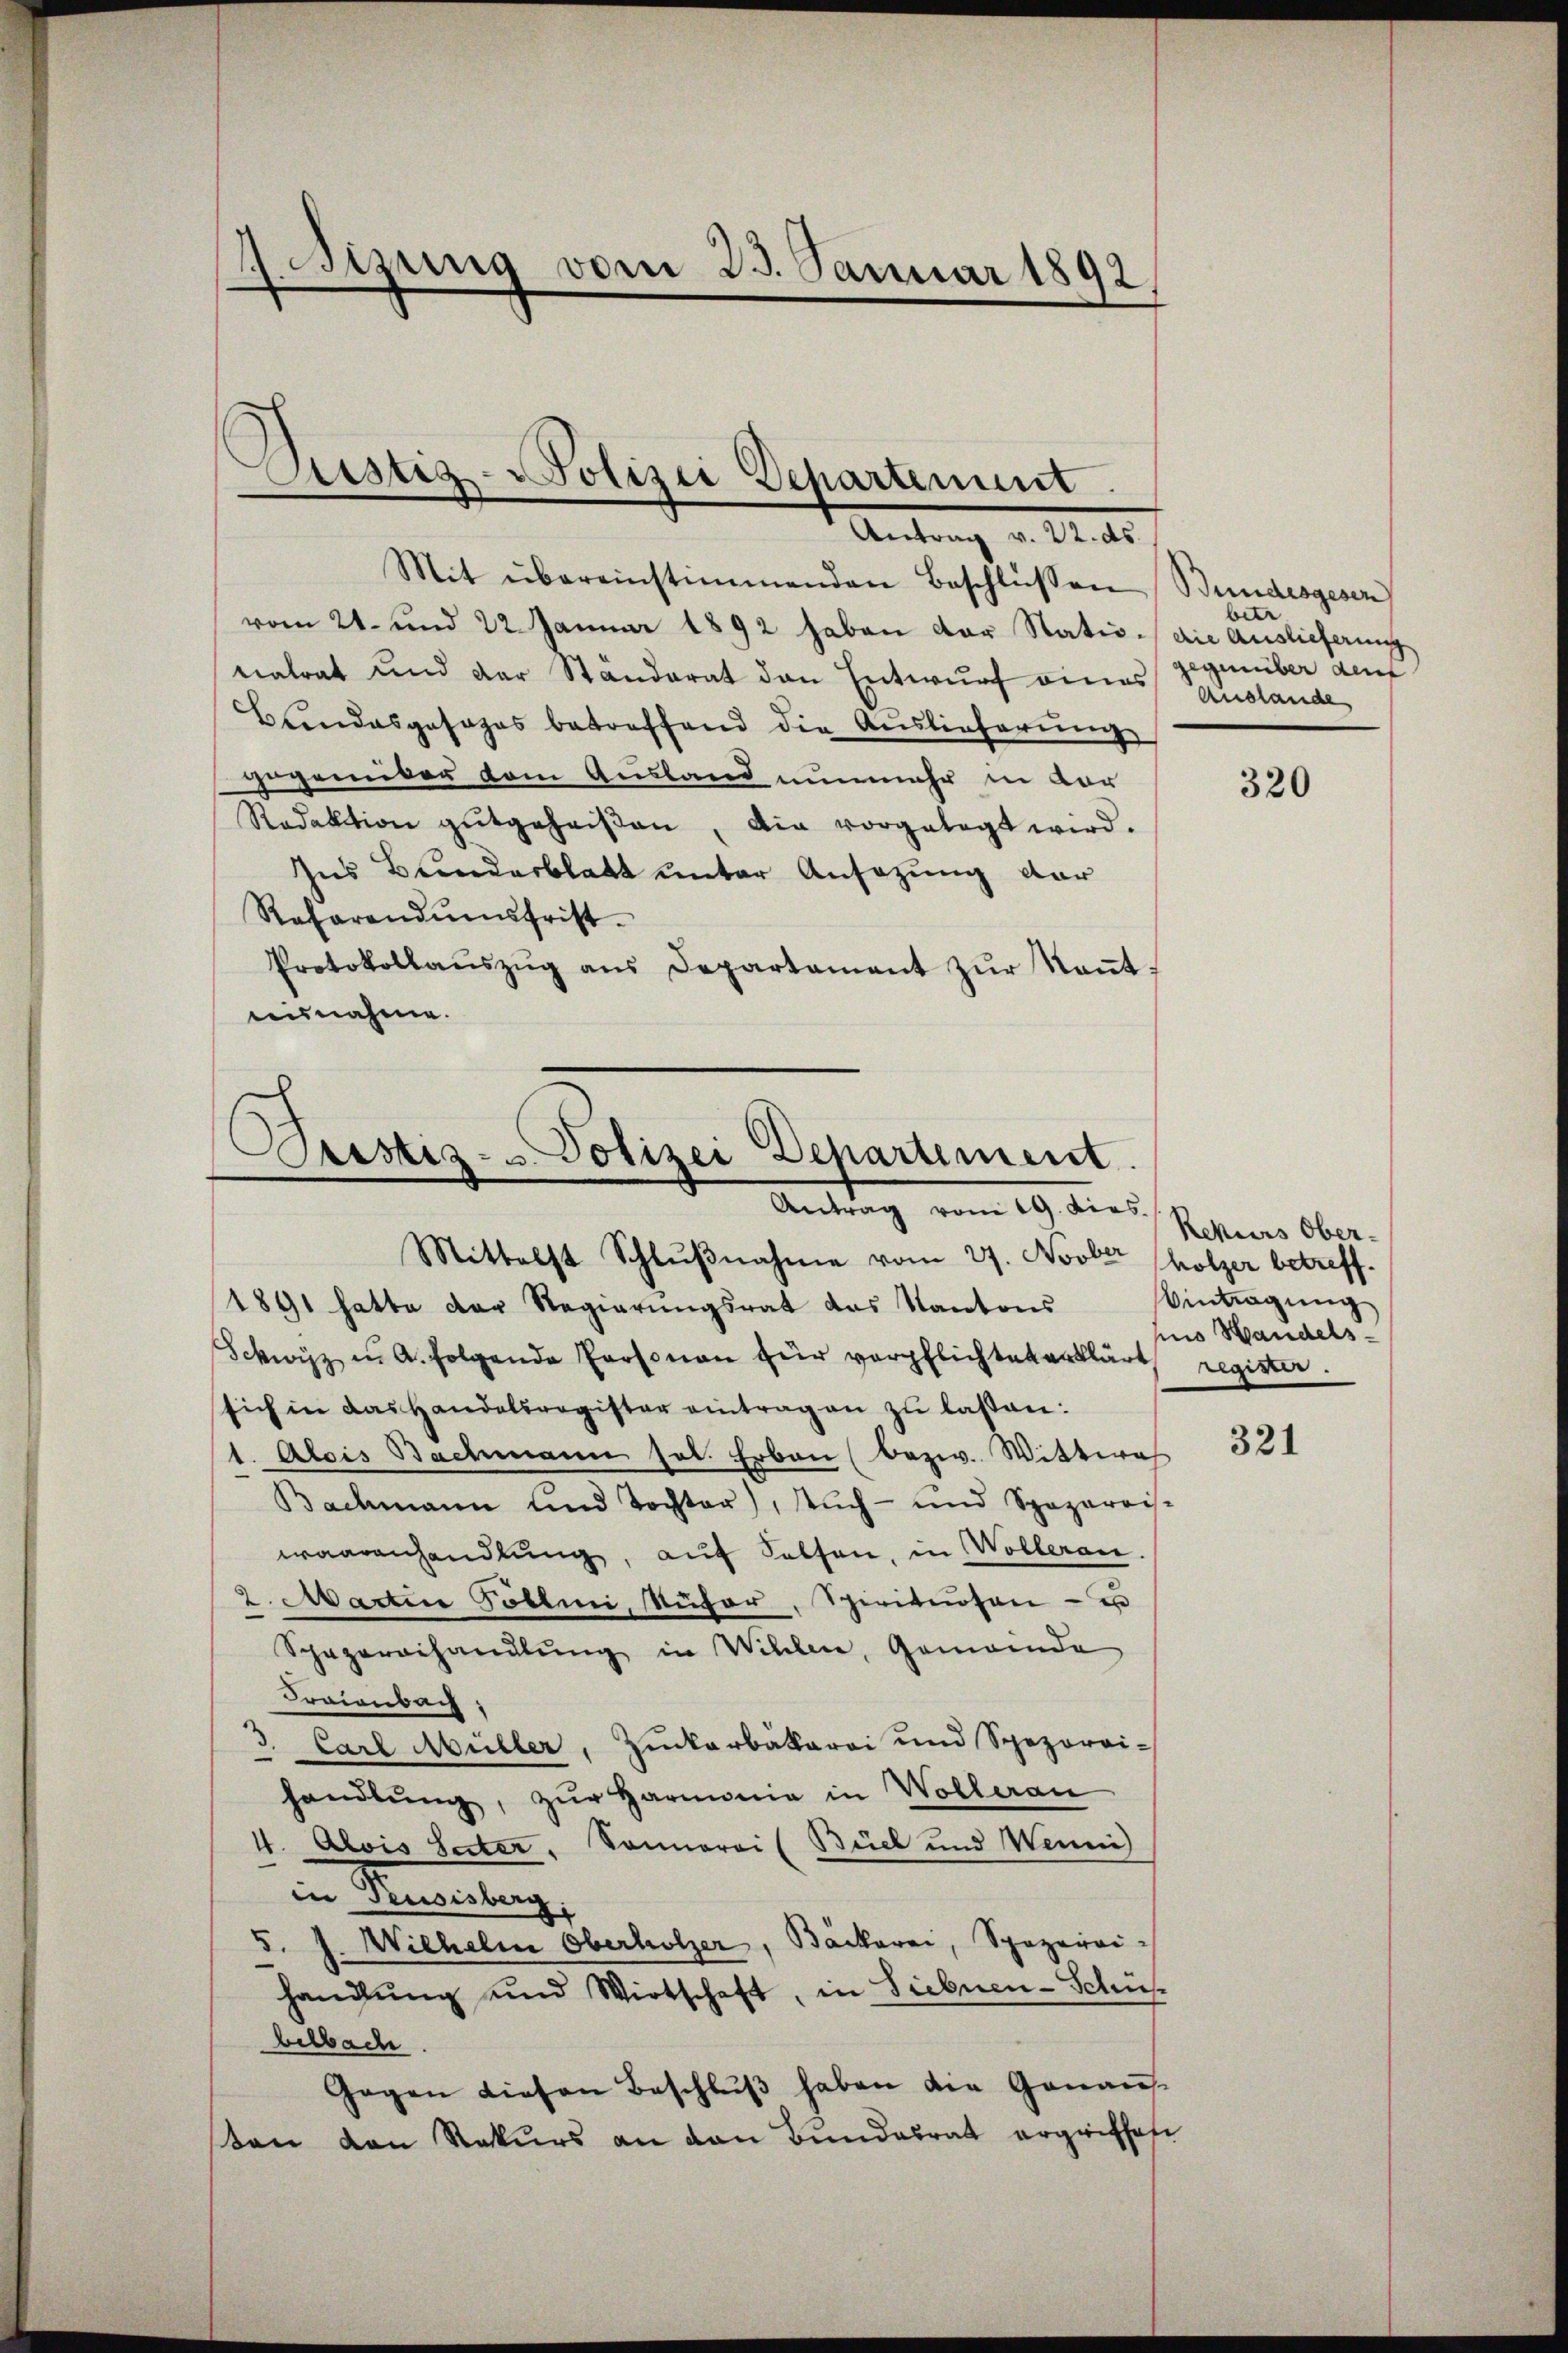
satzung vom 25. Januar 1892.

.
Sistiz-Polizei Departement.
Antrag v. 22. ds.

Mit übereinstimmenden Beschlüssen Bundesgeser
vom 21. und 22. Januar 1892 haben der Statio die Auslieferung
natrat und der Ständerat den Entwurf eines gegenüber deut
Bundesgesages betreffend die Auslieferung
gegenüber dem Ausland nunmehr in vor
Redaktion gutgeheiβen, die vorgelegt wird.
Ins Bundesblatt unter Ansezung dar
Rafarandumsfrist.
Protokollaŭszŭg aŭs Departament zŭr Keṅt-
eusnahme.

Pristiz- & Polizei Departement.
Antrag vom 19. dies
Mittelst Schlŭβnahme vom 27. Novber holzer betreff.

1891 hatte der Regierungsrat das Kantons
Schwyz in A. folgende Personen für verpflichtet erklärt,
sich in das Handelsregister eintragen zu laßen:
1. Alois Bachmann sel. Erben bezw. Wittwe
Bachmann und Tochter), Aŭch- und Spaparois-
waarenhandlung, auf Kalten, in Wolleran.
2. Martin Pöllmi, Küfer, Spirituosen- u
Schazarethandlung in Willen, Gemeinde
Kraienbach,
u. Carl Müller, Zuckerbäkarei und Spezoroi-
handlŭng, zŭr Harmonia in Wolleran
4. Alois Secter, Sonnerei (Biel und Weini
in Rusisberg
5. J. Wilhelm Oberholzer, Bäckerei, Spezerrihandlung und Wirtschaft, in Siebnen-Schüs
belbache
Gegen diesen Beschlŭβ haben die Genausson den Rekurs an den Bundesrat ergriffes

betr
Auslande

320

Rekurs Ober-
Eintragung
und Handels-
regier.

321